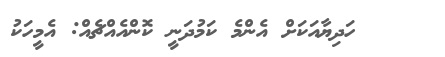
ހަދިޔާއަކަށް އެންމެ ކަމުދަނީ ކޮންއެއްޗެއް: އެމީހަކު